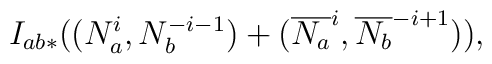
I_{ab*}((N_a^i,N_b^{-i-1})+(\overline{N_a}^i,\overline{N_b}^{-i+1})),